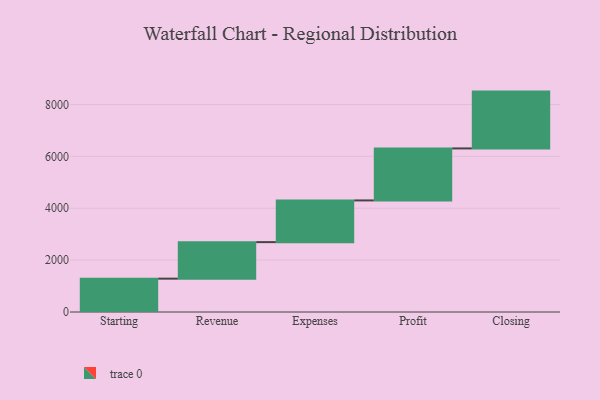
{"axis": {"x": "Step", "y": "Value"}, "legend": [""], "data": [{"x": "Starting", "y": 1286.0, "type": ""}, {"x": "Revenue", "y": 1408.0, "type": ""}, {"x": "Expenses", "y": 1608.0, "type": ""}, {"x": "Profit", "y": 2005.0, "type": ""}, {"x": "Closing", "y": 2191.0, "type": ""}]}